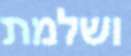
ושלמת